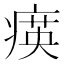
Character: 𤸡